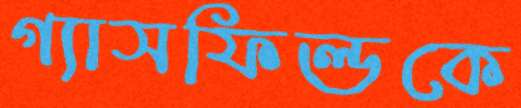
গ্যাসফিল্ডকে